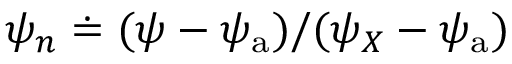
\psi _ { n } \doteq ( \psi - \psi _ { \mathrm { a } } ) / ( \psi _ { X } - \psi _ { \mathrm { a } } )